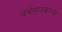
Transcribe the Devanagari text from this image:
चर्चगायकांच्या